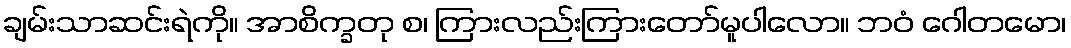
ချမ်းသာဆင်းရဲကို။ အာစိက္ခတု စ၊ ကြားလည်းကြားတော်မူပါလော။ ဘဝံ ဂေါတမော၊